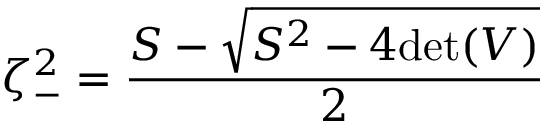
\zeta _ { - } ^ { 2 } = \frac { S - \sqrt { S ^ { 2 } - 4 \mathrm { d e t } ( V ) } } { 2 }